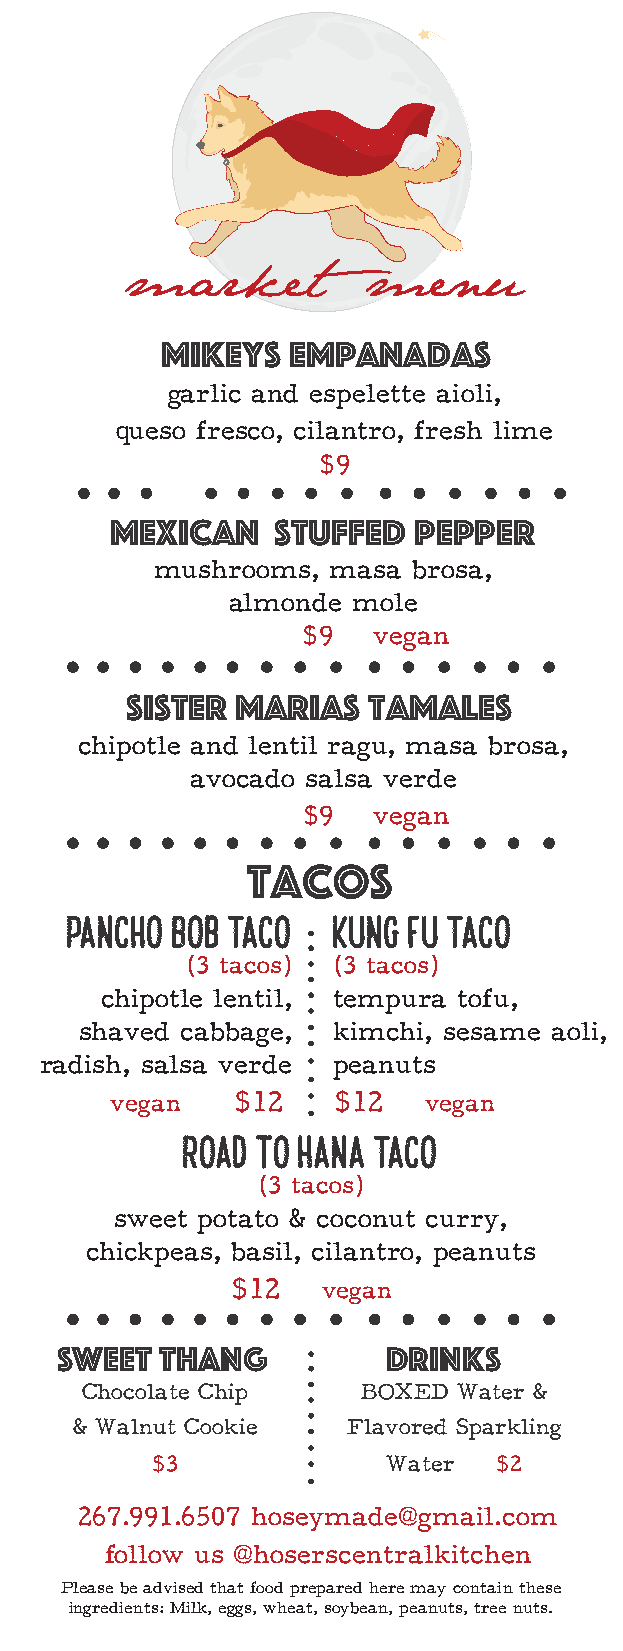
market          menu
 Mikeys  Empanadas
 garlic and espelette aioli,
 queso fresco, cilantro, fresh lime
 $9
 Mexican    Stuffed  Pepper
 mushrooms,  masa brosa,
 almonde mole
 $9   vegan
 Sister  marias  tamales
 chipotle and lentil ragu, masa brosa,
 avocado salsa verde
 $9   vegan
 tacos
 Pancho Bob taco   kung fu taco
 (3 tacos) (3 tacos)
 chipotle lentil, tempura tofu,
 shaved cabbage,  kimchi, sesame aoli,
 radish, salsa verde peanuts
 vegan   $12    $12   vegan
 Road To Hana taco
 (3 tacos)
 sweet potato & coconut curry,
 chickpeas, basil, cilantro, peanuts
 $12   vegan
 Sweet  thang          drinks
 Chocolate Chip     BOXED Water &
 & Walnut Cookie   Flavored Sparkling
 $3              Water  $2
 267.991.6507 hoseymade@gmail.com
 follow us @hoserscentralkitchen
 Please be advised that food prepared here may contain these
 ingredients: Milk, eggs, wheat, soybean, peanuts, tree nuts.